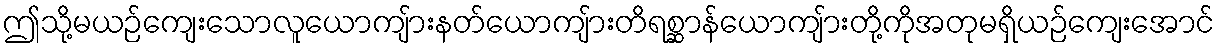
ဤသို့မယဉ်ကျေးသောလူယောကျ်ားနတ်ယောကျ်ားတိရစ္ဆာန်ယောကျ်ားတို့ကိုအတုမရှိယဉ်ကျေးအောင်